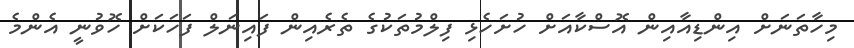
މިހާތަނަށް އިންޑިއާއިން އޮސްކާއަށް ހުށަހެޅި ފިލްމުތަކުގެ ތެރެއިން ފައިނަލް ފަހަކަށް ހޮވުނީ އެންމެ